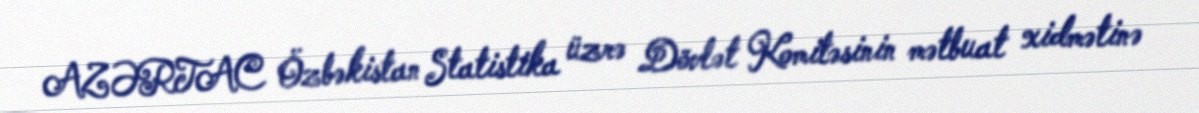
AZƏRTAC Özbəkistan Statistika üzrə Dövlət Komitəsinin mətbuat xidmətinə